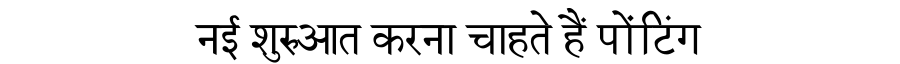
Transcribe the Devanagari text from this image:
नई शुरुआत करना चाहते हैं पोंटिंग